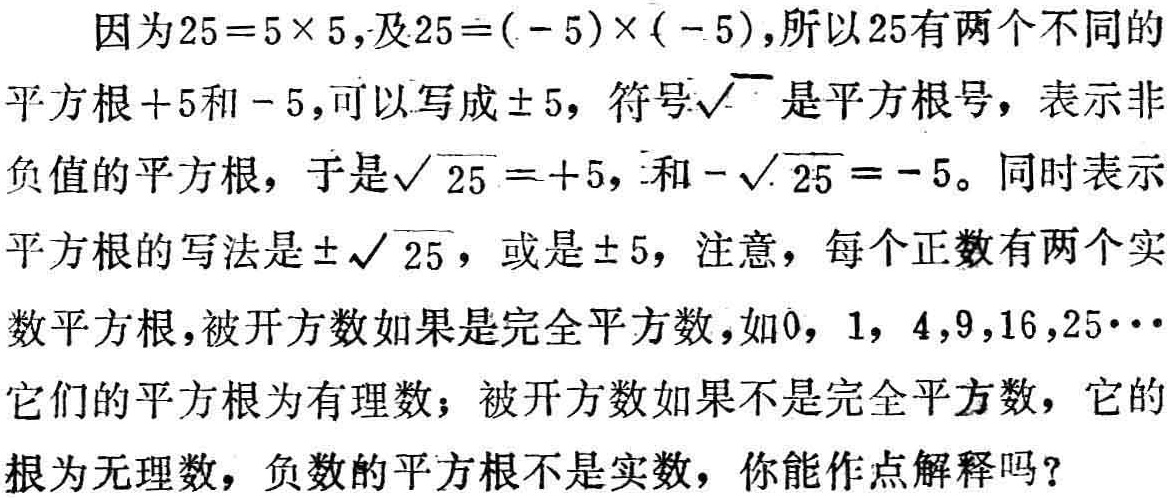
因为\(25 = 5\times5\)，及\(25=(-5)\times(-5)\)，所以\(25\)有两个不同的平方根\( + 5\)和\(-5\)，可以写成\(\pm5\)，符号\(\sqrt{\quad}\)是平方根号，表示非负值的平方根，于是\(\sqrt{25}= + 5\)，和\(-\sqrt{25}=-5\)。同时表示平方根的写法是\(\pm\sqrt{25}\)，或是\(\pm5\)，注意，每个正数有两个实数平方根，被开方数如果是完全平方数，如\(0\)，\(1\)，\(4\)，\(9\)，\(16\)，\(25\cdots\)它们的平方根为有理数；被开方数如果不是完全平方数，它的根为无理数，负数的平方根不是实数，你能作点解释吗？